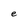
Character: e